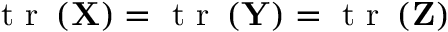
\mathrm { ~ t ~ r ~ } \left( \mathbf { X } \right) = \mathrm { ~ t ~ r ~ } \left( \mathbf { Y } \right) = \mathrm { ~ t ~ r ~ } \left( \mathbf { Z } \right)